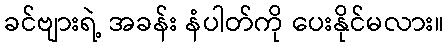
ခင်ဗျားရဲ့ အခန်း နံပါတ်ကို ပေးနိုင်မလား။